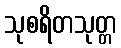
သုစရိတသုတ္တ